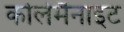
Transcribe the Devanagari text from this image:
कोलेमैनाइट